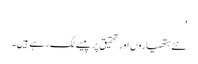
'
نئے ہتھیاروں اور تحقیق پر پیسے لگ رہے ہیں۔